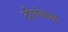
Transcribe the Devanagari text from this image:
दीर्धकाळ